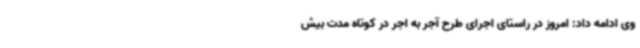
وی ادامه داد: امروز در راستای اجرای طرح آجر به اجر در کوتاه مدت بیش